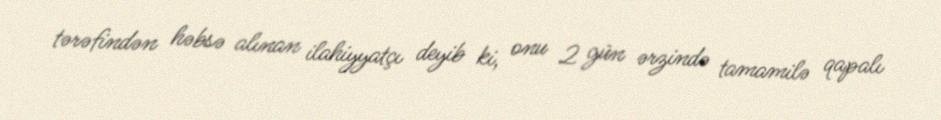
tərəfindən həbsə alınan ilahiyyatçı deyib ki, onu 2 gün ərzində tamamilə qapalı